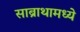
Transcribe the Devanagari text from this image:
साब्राथामध्ये